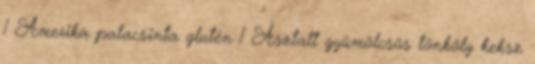
1 Amerika palacsinta glutén 1 Asztalt gyümölcsös tönköly keksz